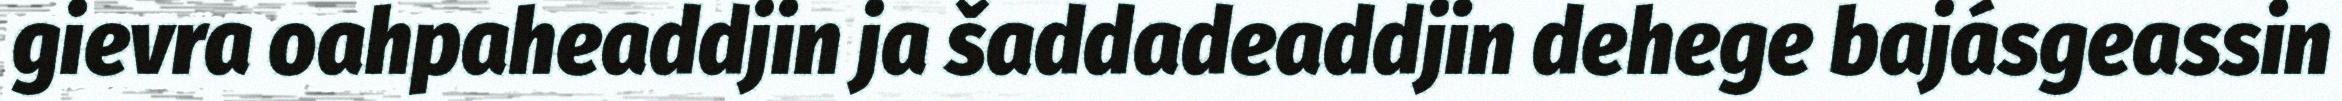
gievra oahpaheaddjin ja šaddadeaddjin dehege bajásgeassin